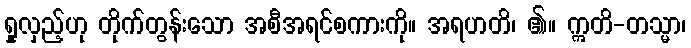
ရှုလှည့်ဟု တိုက်တွန်းသော အစီအရင်စကားကို။ အရဟတိ၊ ၏။ ဣတိ-တသ္မာ၊